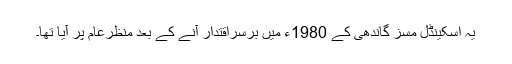
یہ اسکینڈل مسز گاندھی کے 1980ء میں برسراقتدار آنے کے بعد منظرعام پر آیا تھا۔